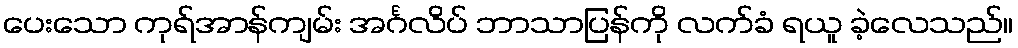
ပေးသော ကုရ်အာန်ကျမ်း အင်္ဂလိပ် ဘာသာပြန်ကို လက်ခံ ရယူ ခဲ့လေသည်။